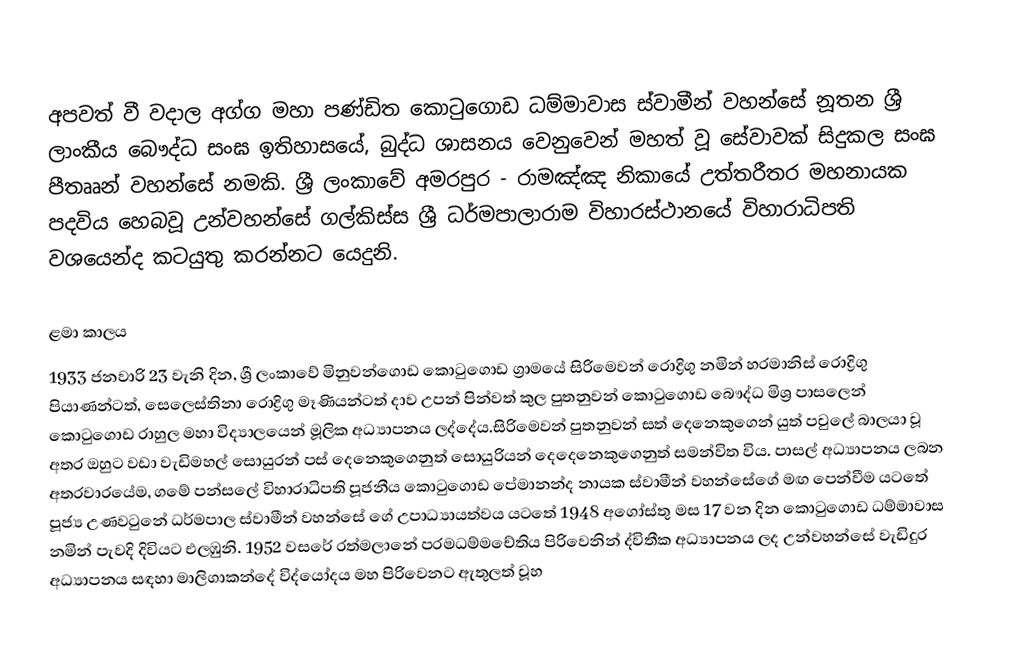
අපවත් වී වදාල අග්ග මහා පණ්ඩිත කො‍ටුගොඩ ධම්මාවාස ස්වාමීන් වහන්සේ නූතන ශ්‍රී ලාංකීය බෞද්ධ සංඝ ඉතිහාසයේ, බුද්ධ ශාසනය වෙනුවෙන් මහත් වූ සේවාවක් සිදුකල සංඝ පීතෲන් වහන්සේ නමකි. ශ්‍රී ලංකාවේ අමරපුර - රාමඤ්ඤ නිකායේ උත්තරීතර මහනායක පදවිය හෙබවූ උන්වහන්සේ ගල්කිස්ස ශ්‍රී ධර්මපාලාරාම විහාරස්ථානයේ විහාරාධිපති වශයෙන්ද කටයුතු කරන්නට යෙදුනි.

ළමා කාලය
1933 ජනවාරි 23 වැනි දින, ශ්‍රී ලංකාවේ මිනුවන්ගොඩ කොටුගොඩ ග්‍රාමයේ සිරිමෙවන් රොද්‍රිගු නමින් හරමානිස් රොද්‍රිගු පියාණන්ටත්, සෙලෙස්තිනා රොද්‍රිගු මෑණියන්ටත් දාව උපන් පින්වත් කුල පුතනුවන් කො‍ටුගොඩ බෞද්ධ මිශ්‍ර පාසලෙන් කො‍ටුගොඩ රාහුල මහා විද්‍යාලයෙන් මූලික අධ්‍යාපනය ලද්දේය.සිරිමෙවන් පුතනුවන් සත් දෙනෙකුගෙන් යුත් පවුලේ බාලයා වූ අතර ඔහුට වඩා වැඩිමහල් සොයුරන් පස් දෙනෙකුගෙනුත් සොයුරියන් දෙදෙනෙකුගෙනුත් සමන්විත විය. පාසල් අධ්‍යාපනය ලබන අතරවාරයේම, ගමේ පන්සලේ විහාරාධිපති පූජනීය කො‍ටුගොඩ පේමානන්ද නායක ස්වාමීන් වහන්සේගේ මඟ පෙන්වීම යටතේ පූජ්‍ය උණව‍ටුනේ ධර්මපාල ස්වාමීන් වහන්සේ ගේ උපාධ්‍යායත්වය යටතේ 1948 අගෝස්තු මස 17 වන දින කො‍ටුගොඩ ධම්මාවාස නමින් පැවදි දිවියට එලඹුනි. 1952 වසරේ රත්මලානේ පරමධම්මචේතිය පිරිවෙනින් ද්විතීක අධ්‍යාපනය ලද උන්වහන්සේ වැඩිදුර අධ්‍යාපනය සඳහා මාලිගාකන්දේ විද්යෝදය මහ පිරිවෙනට ඇතුලත් වූහ